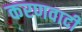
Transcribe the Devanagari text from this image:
करणवादी